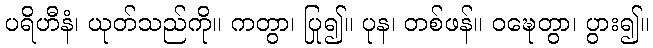
ပရိဟီနံ၊ ယုတ်သည်ကို။ ကတွာ၊ ပြု၍။ ပုန၊ တစ်ဖန်။ ဝဍ္ဎေတွာ၊ ပွား၍။